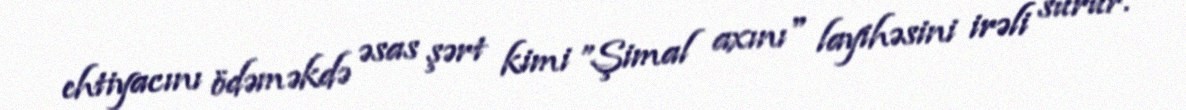
ehtiyacını ödəməkdə əsas şərt kimi ”Şimal axını" layihəsini irəli sürür.